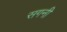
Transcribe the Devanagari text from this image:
सगनी